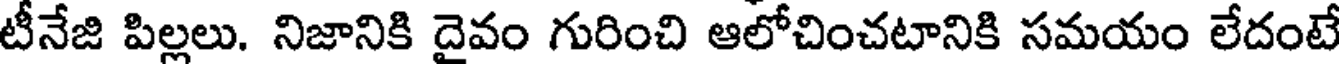
టీనేజి పిల్లలు. నిజానికి దైవం గురించి ఆలోచించటానికి సమయం లేదంటే